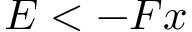
E < - F x